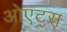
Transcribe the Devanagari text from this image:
ओएट्स